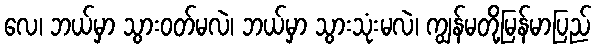
လေ၊ ဘယ်မှာ သွားဝတ်မလဲ၊ ဘယ်မှာ သွားသုံးမလဲ၊ ကျွန်မတို့မြန်မာပြည်